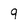
Character: 9